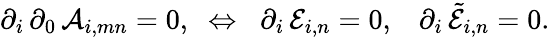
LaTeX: \partial_{i}\, \partial_{0}\, {\cal A}_{i,mn}=0,\; \; \Leftrightarrow\; \; \partial_{i}\, {\cal E}_{i,n}=0,\; \; \; \partial_{i}\, \tilde{\cal E}_{i,n}=0.